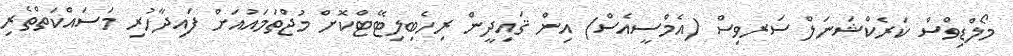
މޯލްޑިވްސް ކަރެކްޝަނަލް ސަރވިސް (އެމްސީއެސް) އިން ޤައިދީން ރިހެބިލިޓޭޓްކޮށް މުޖްތަމައުއަށް ފައިދާހުރި މަސައްކަތްތެރި